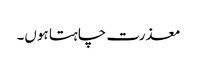
معذرت چاہتا ہوں۔